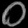
Digit: ၀